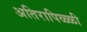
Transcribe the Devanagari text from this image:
अतिरापिळ्ळी